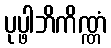
ပုပ္ဖါဘိကိဏ္ဏံ